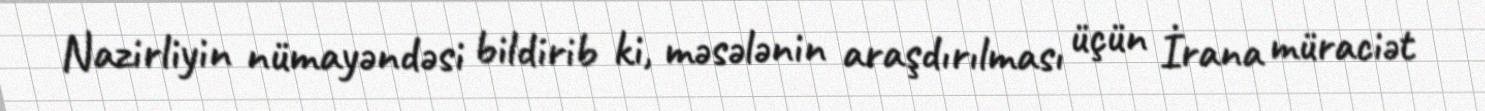
Nazirliyin nümayəndəsi bildirib ki, məsələnin araşdırılması üçün İrana müraciət